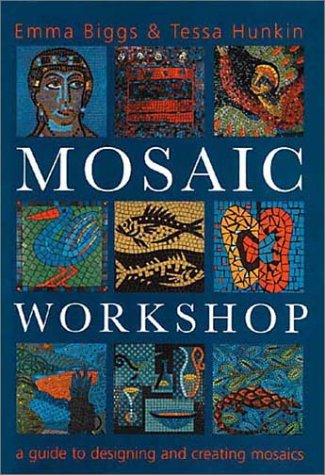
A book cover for Mosaic Workshop; Emma Biggs; Arts & Photography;